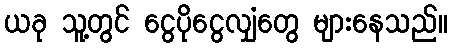
ယခု သူ့တွင် ငွေပိုငွေလျှံတွေ များနေသည်။